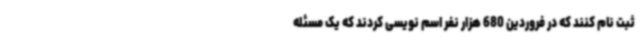
ثبت نام کنند که در فروردین 680 هزار نفر اسم نویسی کردند که یک مسئله